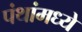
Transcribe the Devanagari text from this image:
पंथांमध्ये